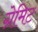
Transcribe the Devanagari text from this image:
ग्रेमिट